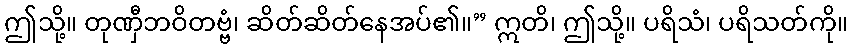
ဤသို့။ တုဏှီဘဝိတဗ္ဗံ၊ ဆိတ်ဆိတ်နေအပ်၏။” ဣတိ၊ ဤသို့။ ပရိသံ၊ ပရိသတ်ကို။